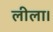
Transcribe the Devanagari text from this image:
लीला।